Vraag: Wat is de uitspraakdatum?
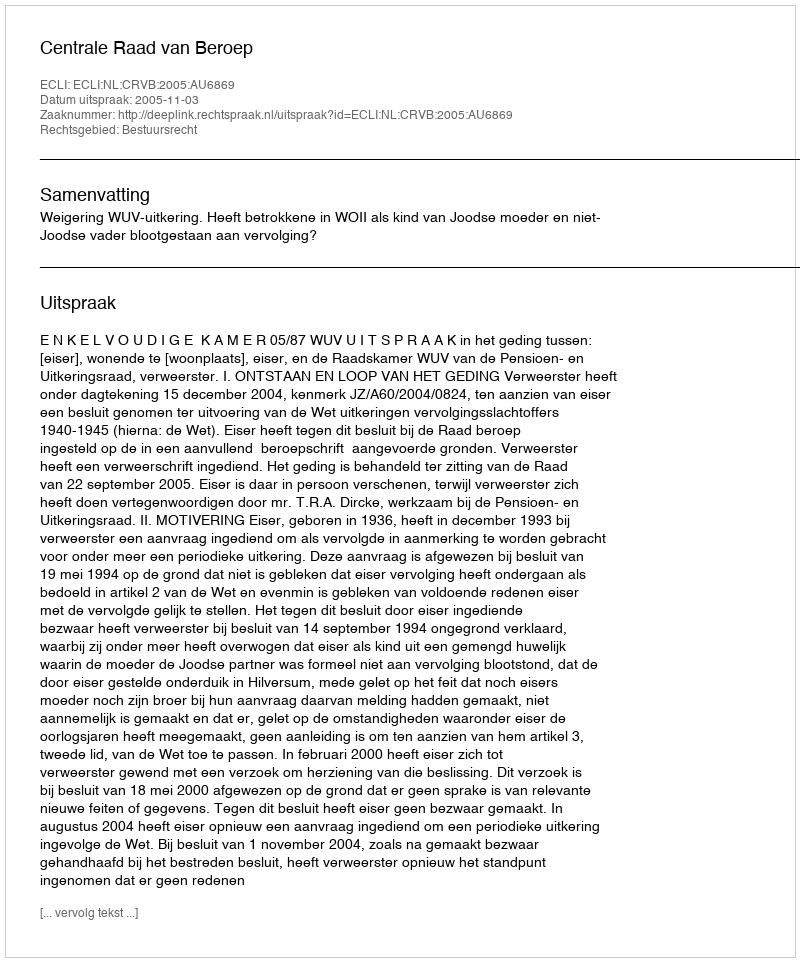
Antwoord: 2005-11-03